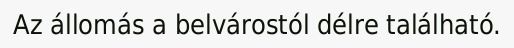
Az állomás a belvárostól délre található.